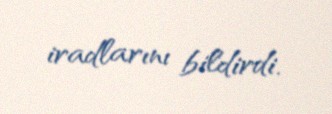
iradlarını bildirdi.